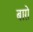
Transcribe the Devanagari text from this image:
बाग़े